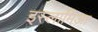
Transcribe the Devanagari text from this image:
इस्लामिआ